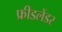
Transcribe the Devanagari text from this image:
फ्रीडलेंडर